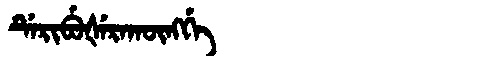
Manchu: ᡩᡝᡵᡳᠪᡠᡧᡝᡵᠠᡴᡡᠩᡤᡝ
Romanization: DERIBUŠERAKŪNGGE